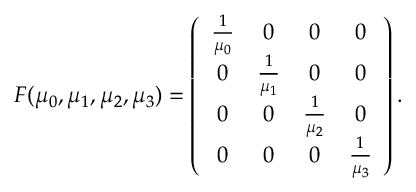
\begin{array} { r } { F ( \mu _ { 0 } , \mu _ { 1 } , \mu _ { 2 } , \mu _ { 3 } ) = \left( \begin{array} { c c c c } { \frac 1 { \mu _ { 0 } } } & { 0 } & { 0 } & { 0 } \\ { 0 } & { \frac 1 { \mu _ { 1 } } } & { 0 } & { 0 } \\ { 0 } & { 0 } & { \frac 1 { \mu _ { 2 } } } & { 0 } \\ { 0 } & { 0 } & { 0 } & { \frac 1 { \mu _ { 3 } } } \end{array} \right) . } \end{array}